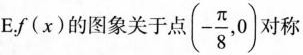
E.f(x)的图象关于点 ( - \frac{π}{8},0)对称